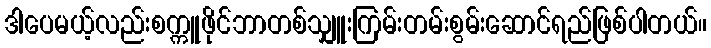
ဒါပေမယ့်လည်းစက္ကူဖိုင်ဘာတစ်သျှူးကြမ်းတမ်းစွမ်းဆောင်ရည်ဖြစ်ပါတယ်။